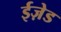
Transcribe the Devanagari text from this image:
ईज़ेड